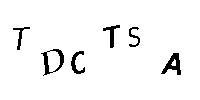
TDCTSA